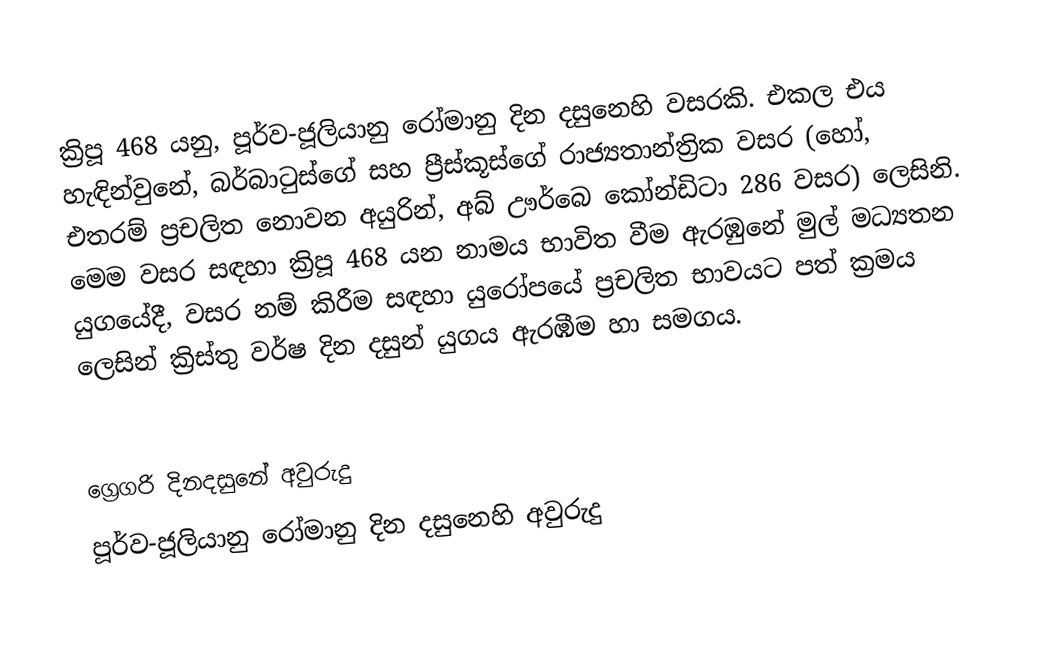

ක්‍රිපූ 468 යනු, පූර්ව-ජූලියානු රෝමානු දින දසුනෙහි වසරකි. එකල එය හැඳින්වුනේ, බර්බාටුස්ගේ සහ ප්‍රීස්කූස්ගේ රාජ්‍යතාන්ත්‍රික වසර (හෝ, එතරම් ප්‍රචලිත නොවන අයුරින්, අබ් ඌර්බෙ කෝන්ඩිටා 286 වසර) ලෙසිනි. මෙම වසර සඳහා ක්‍රිපූ 468 යන නාමය භාවිත වීම ඇරඹුනේ මුල්  මධ්‍යතන යුගයේදී, වසර නම් කිරීම සඳහා යුරෝපයේ ප්‍රචලිත භාවයට පත් ක්‍රමය ලෙසින් ක්‍රිස්තු වර්ෂ දින දසුන් යුගය ඇරඹීම හා සමගය.

ග්‍රෙගරි දිනදසුනේ අවුරුදු
පූර්ව-ජූලියානු රෝමානු දින දසුනෙහි අවුරුදු